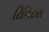
ટિનિટસ